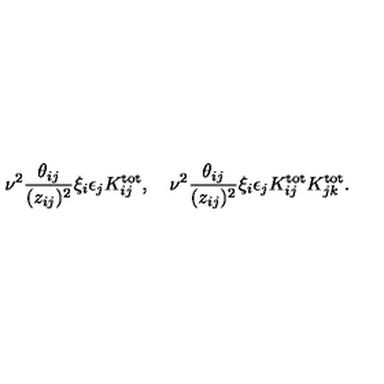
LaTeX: \nu ^ { 2 } { \frac { \theta _ { i j } } { ( z _ { i j } ) ^ { 2 } } } \xi _ { i } \epsilon _ { j } K _ { i j } ^ { \mathrm { t o t } } , \quad \nu ^ { 2 } { \frac { \theta _ { i j } } { ( z _ { i j } ) ^ { 2 } } } \xi _ { i } \epsilon _ { j } K _ { i j } ^ { \mathrm { t o t } } K _ { j k } ^ { \mathrm { t o t } } .